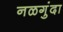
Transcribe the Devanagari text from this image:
नळगुंदा